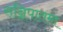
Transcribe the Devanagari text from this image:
सन्निपातमा